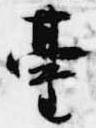
台